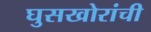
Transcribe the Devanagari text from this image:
घुसखोरांची